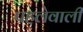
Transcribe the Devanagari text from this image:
पहलेवाली